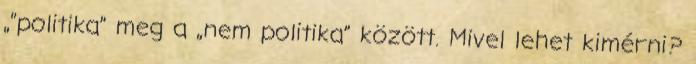
„”politika” meg a „nem politika” között. Mivel lehet kimérni?